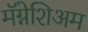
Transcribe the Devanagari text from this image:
मॅग्नेशिअम